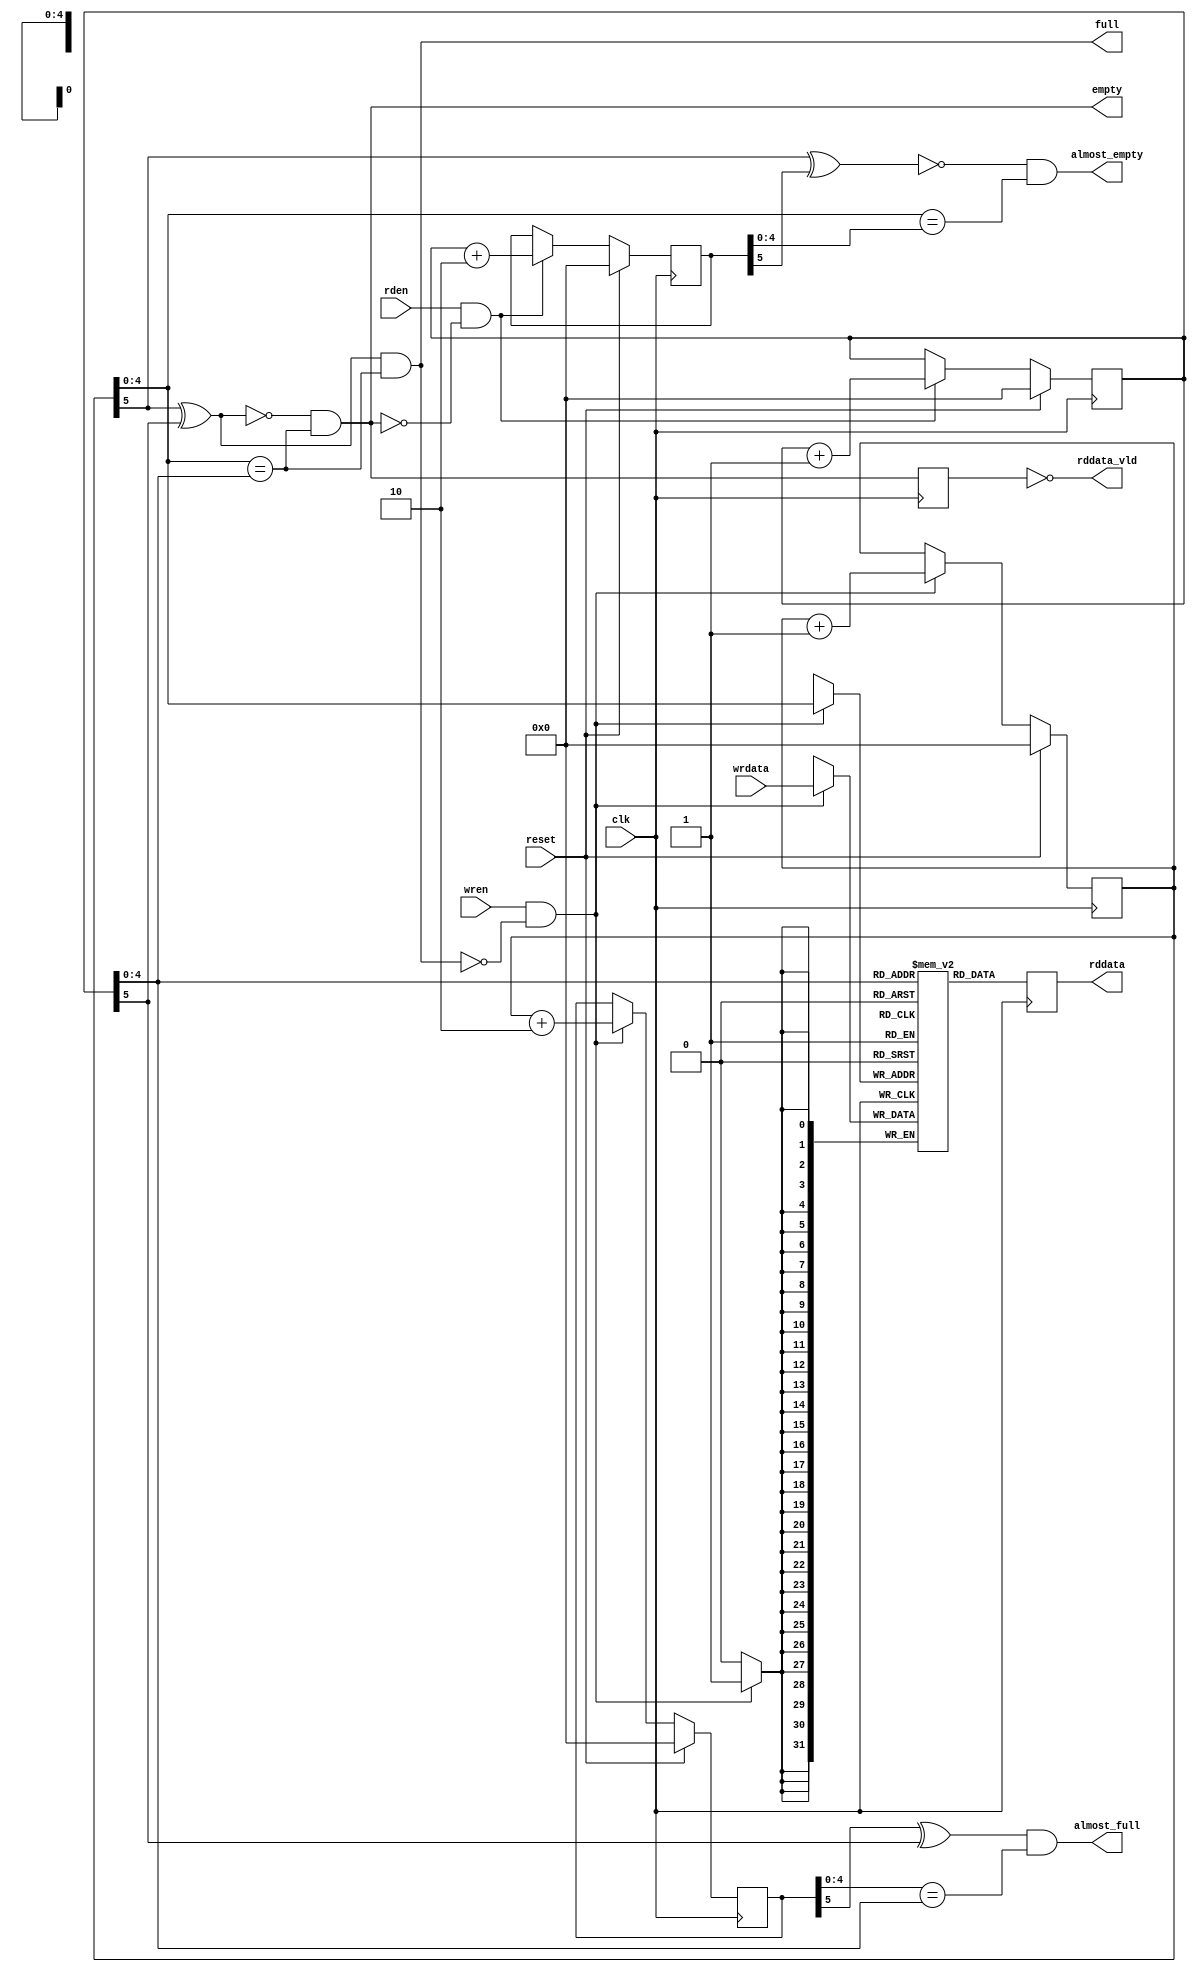
module fifo (
    clk,
    reset,
    wrdata,
    wren,
    rddata,
    rddata_vld,
    rden,
    full,
    almost_full,
    empty,
    almost_empty
);

    parameter FIFO_DEPTH = 32;
    parameter LOG2_FIFO_DEPTH = $clog2(FIFO_DEPTH);
    parameter FIFO_WIDTH = 32;

    input clk;
    input reset;

    input [FIFO_WIDTH-1:0]wrdata;
    input wren;

    output [FIFO_WIDTH-1:0]rddata;
    output rddata_vld;
    input rden;


    output full;
    output almost_full;
    output empty;
    output almost_empty;

    reg [FIFO_WIDTH-1:0]mem[0:FIFO_DEPTH-1];

    reg [LOG2_FIFO_DEPTH:0]wrptr;
    reg [LOG2_FIFO_DEPTH:0]rdptr;




    reg [LOG2_FIFO_DEPTH:0]wrptr_inc1;
    reg [LOG2_FIFO_DEPTH:0]rdptr_inc1;

    reg rempty;

    wire bit_cmp_f = wrptr[LOG2_FIFO_DEPTH] ^ rdptr[LOG2_FIFO_DEPTH];
    wire bit_cmp_e = ~bit_cmp_f;
    wire addr_eq = wrptr[LOG2_FIFO_DEPTH-1:0] == rdptr[LOG2_FIFO_DEPTH-1:0];

    wire bit_cmp_af = wrptr_inc1[LOG2_FIFO_DEPTH] ^ rdptr[LOG2_FIFO_DEPTH];
    wire addr_eq_af = wrptr_inc1[LOG2_FIFO_DEPTH-1:0] == rdptr[LOG2_FIFO_DEPTH-1:0];

    wire bit_cmp_ae = ~(wrptr[LOG2_FIFO_DEPTH] ^ rdptr_inc1[LOG2_FIFO_DEPTH]);
    wire addr_eq_ae = wrptr[LOG2_FIFO_DEPTH-1:0] == rdptr_inc1[LOG2_FIFO_DEPTH-1:0];



    wire fifo_full = bit_cmp_f && addr_eq;
    wire fifo_empty = bit_cmp_e && addr_eq;

    wire fifo_almost_full = bit_cmp_af && addr_eq_af;
    wire fifo_almost_empty = bit_cmp_ae && addr_eq_ae;

    reg [FIFO_WIDTH-1:0]rdata;

    always @(posedge clk) begin
        rempty <= fifo_empty;
    end

    always @(posedge clk)
    if (reset) begin
        wrptr <= 0;
        wrptr_inc1 <= 0;
    end
    else if (wren && !fifo_full) begin
        wrptr <= wrptr + 1'b1;
        wrptr_inc1 <= wrptr + 2;
    end

    always @(posedge clk)
    if (reset) begin
        rdptr <= 0;
        rdptr_inc1 <= 0;
    end
    else if (rden && !fifo_empty) begin
        rdptr <= rdptr + 1'b1;
        rdptr_inc1 <= rdptr + 2;
    end

    integer i;
    always @(posedge clk) begin
        //	   for (i = 0; i < FIFO_DEPTH; i = i + 1) 
        //	       if (reset) mem[i] <= 0;
        //	       else if (wren && !fifo_full && (i == wrptr)) mem[i] <= wrdata;
        if (wren && !fifo_full) mem[wrptr[LOG2_FIFO_DEPTH-1:0]] <= wrdata;

        rdata <= mem[rdptr[LOG2_FIFO_DEPTH-1:0]];
    end

    assign rddata = rdata;
    assign rddata_vld = !rempty;

    assign full = fifo_full;
    assign almost_full = fifo_almost_full;
    assign empty = fifo_empty;
    assign almost_empty = fifo_almost_empty;

endmodule